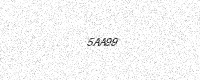
Text: 5AA99